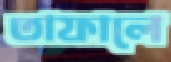
তাফালে